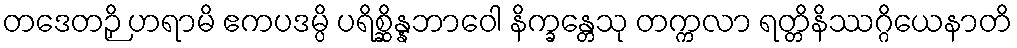
တဒေတဉှိ ဟရာမိ ဧကပဒမ္ပိ ပရိစ္ဆိန္နဘာဝေါ နိက္ခန္တေသု တက္ကလာ ရတ္တိနိဿဂ္ဂိယေနာတိ